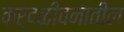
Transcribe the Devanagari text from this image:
कर्दळीवनातील